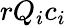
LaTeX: rQ_{i}c_{i}